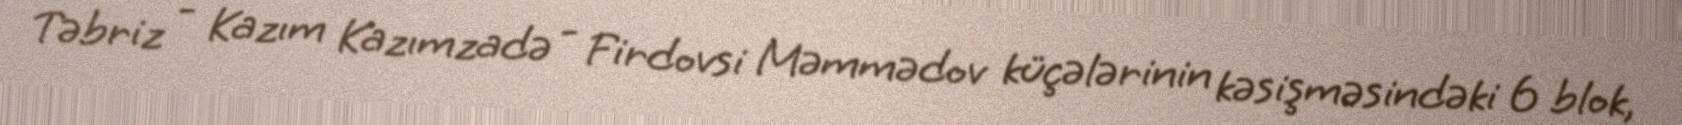
Təbriz - Kazım Kazımzadə - Firdovsi Məmmədov küçələrinin kəsişməsindəki 6 blok,